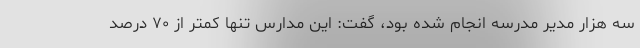
سه هزار مدیر مدرسه انجام شده بود، گفت: این مدارس تنها کمتر از ۷۰ درصد